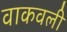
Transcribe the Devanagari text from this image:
वाकवली